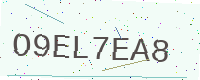
Text: O9EL7EA8